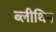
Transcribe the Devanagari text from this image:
ब्लीथिन